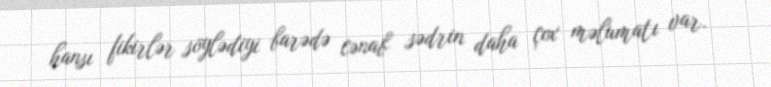
hansı fikirlər söylədiyi barədə cənab sədrin daha çox məlumatı var.